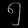
Digit: ၅